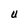
Character: U